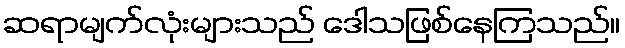
ဆရာမျက်လုံးများသည် ဒေါသဖြစ်နေကြသည်။